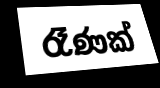
රෑණක්